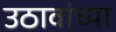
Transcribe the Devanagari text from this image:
उठावांच्या